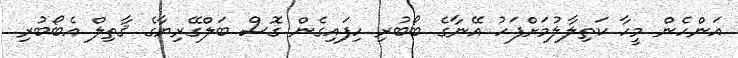
އަންހެން މީހާ ކަތިލާލުމަށްފަހު އޭނާގެ ބޯބުރި ހިފައިގެން ގޮސް ބަލްގޭރިޔާގެ ޤާތިލް އެބޯބުރި